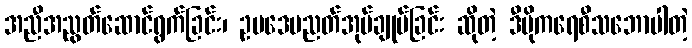
အညီအညွတ်ဆောင်ရွက်ခြင်း၊ ဥပဒေပညတ်အုပ်ချုပ်ခြင်း ဆိုတဲ့ ဒီမိုကရေစီသဘောပါတဲ့